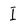
Character: I